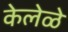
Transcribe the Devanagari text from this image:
केलेळे